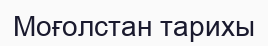
Моғолстан тарихы